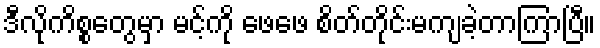
ဒီလိုကိစ္စတွေမှာ မင့်ကို ဖေဖေ စိတ်တိုင်းမကျခဲ့တာကြာပြီ။